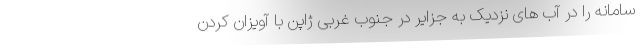
سامانه را در آب های نزدیک به جزایر در جنوب غربی ژاپن با آویزان کردن